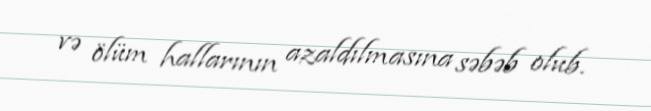
və ölüm hallarının azaldılmasına səbəb olub.